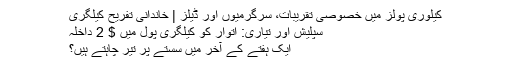
کیلوری پولز میں خصوصی تقریبات، سرگرمیوں اور ڈیلز | خاندانی تفریح ​​کیلگری
سپلیش اور تیاری: اتوار کو کیلگری پول میں $ 2 داخلہ
ایک ہفتے کے آخر میں سستے پر تیر چاہتے ہیں؟